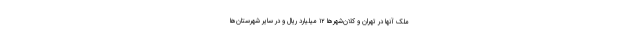
ملک آنها در تهران و کلان‌شهرها ۱۲ میلیارد ریال و در سایر شهرستان‌ها